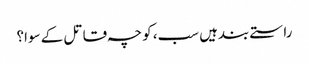
راستے بندہیں سب، کوچہ قاتل کے سوا؟